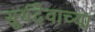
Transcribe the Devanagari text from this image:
सूर्यदेवाच्या